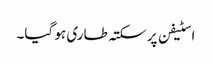
اسٹیفن پر سکتہ طاری ہو گیا۔